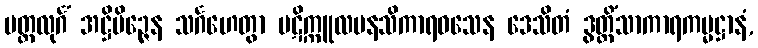
မတ္ထလုင်္ဂံ အဋ္ဌိမိဉ္ဇေန သင်္ဂဟေတွာ ပဋိက္ကူလမနသိကာရဝသေန ဒေသိတံ ဒွတ္တိံသာကာရကမ္မဋ္ဌာနံ,